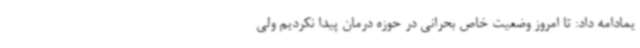
یمادامه داد: تا امروز وضعیت خاص بحرانی در حوزه درمان پیدا نکردیم ولی